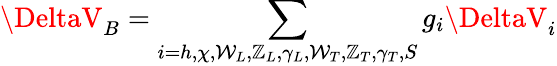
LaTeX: \DeltaV_{B}=\sum_{i=h,\chi,\mathcal{W}_{L},\mathbb{Z}_{L},\gamma_{L},\mathcal{W}_{T},\mathbb{Z}_{T},\gamma_{T},S}g_{i}\DeltaV_{i}